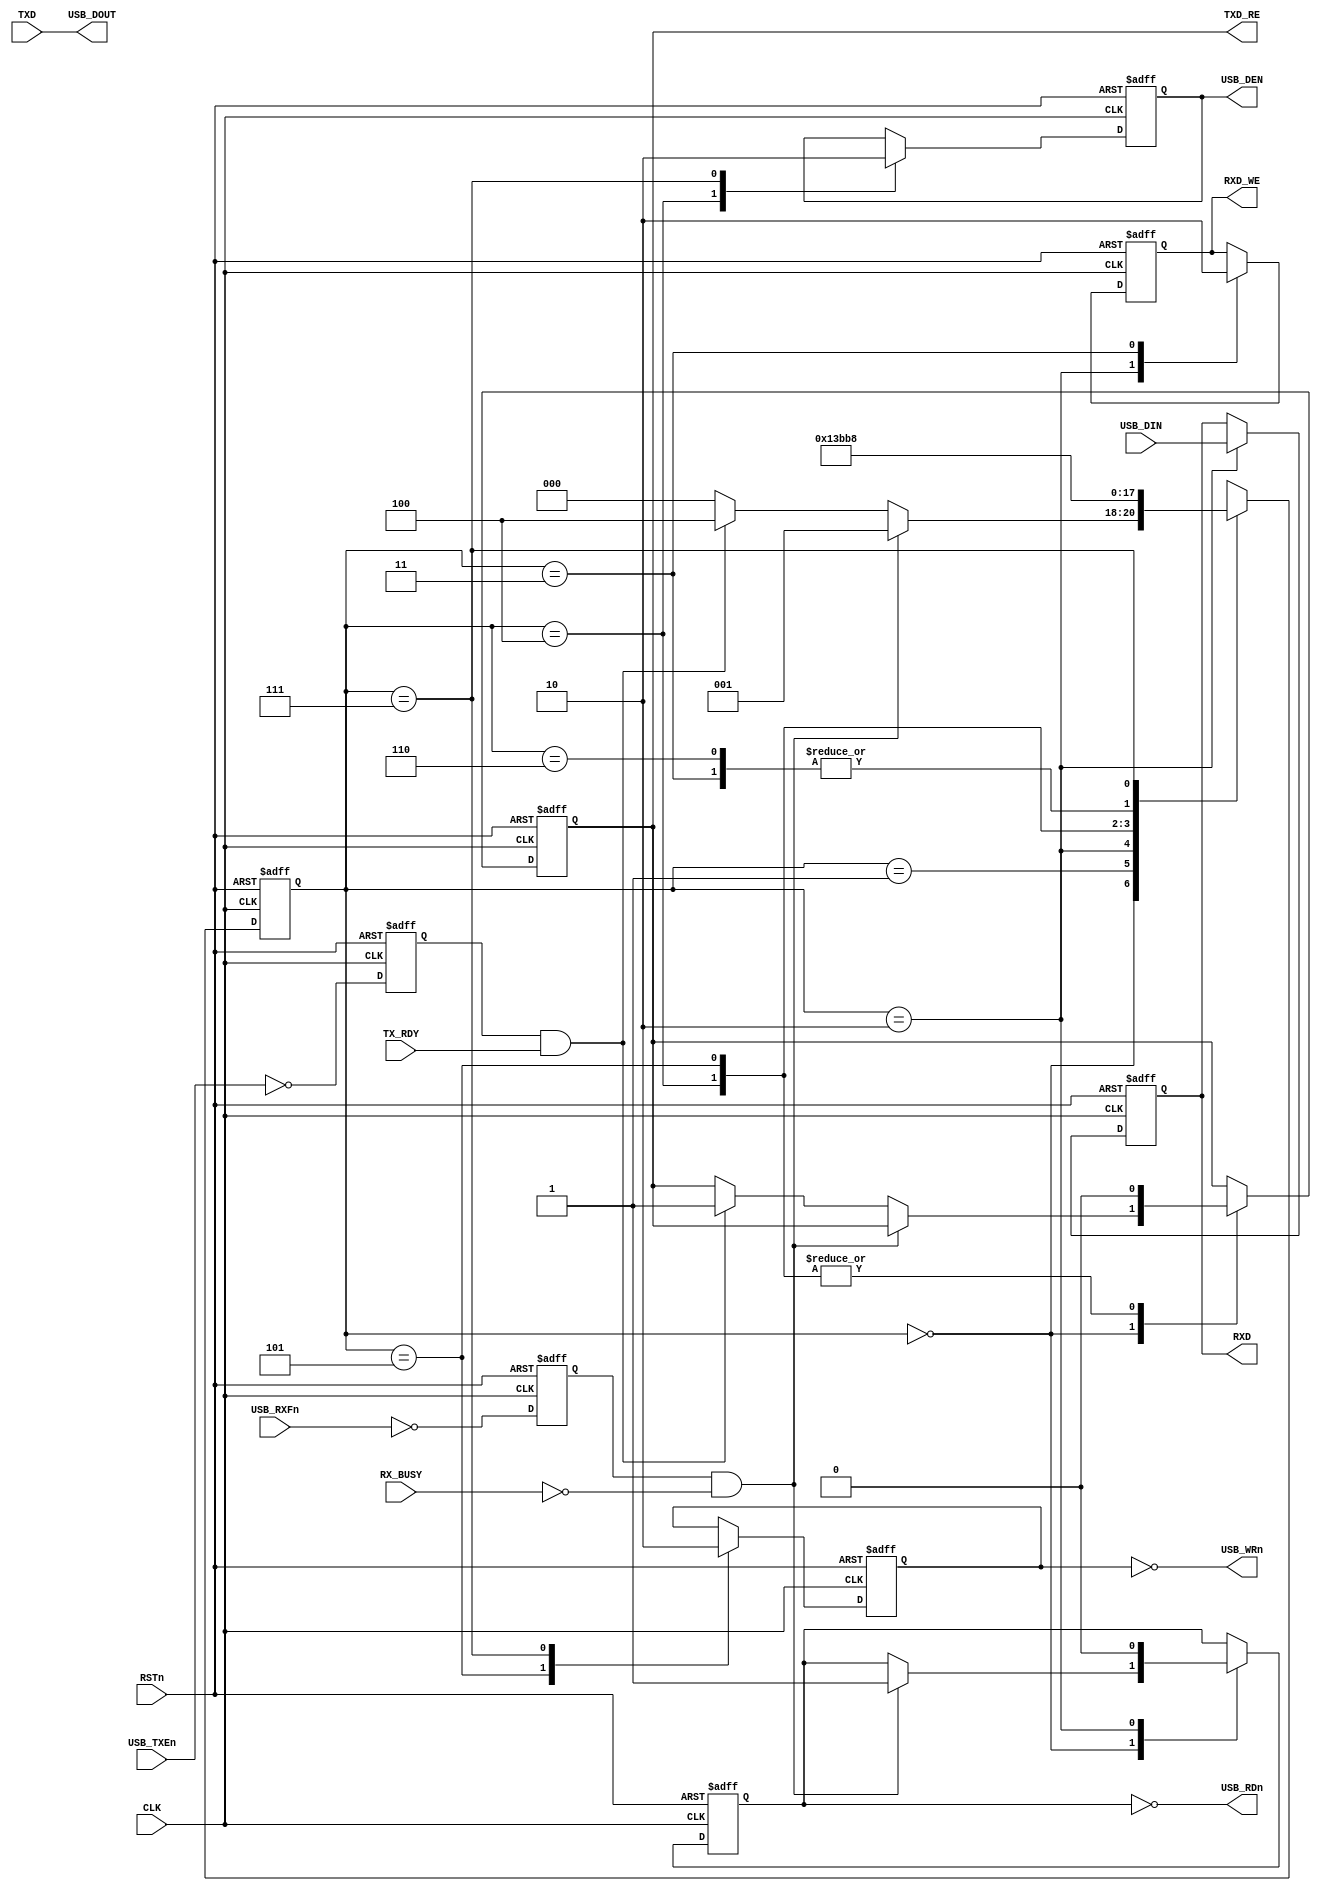
`timescale 1ns / 1ps
///////////////////////////////////////////////////////////////////////////////////////
// Design              : University of Elecro-Communications
// Engineer            : 
// 
// Design Name         : SAKURA-G controller (SASEBO-GII compatibility mode)
// Module Name         : ft2232h_usbif
// Project Name        : sakura_g_control
// Target Devices      : xc6slx9-2csg225
// Tool versions       : 13.4
// Description         : 
//
// Dependencies        : 
//
// Version             : 1.0
// Additional Comments : 
///////////////////////////////////////////////////////////////////////////////////////
// Copyright (c) Satoh LaboratoryCUEC

module ft2232h_usbif( 
  input        RSTn,             // Power on reset
  input        CLK,              // USB interface clock

  // USB controller(FT2232H) Interface
  input  [7:0] USB_DIN,          // USB data input bus
  output [7:0] USB_DOUT,         // USB data output  bus
  output       USB_RDn,          // USB read enable. Active low
  output       USB_WRn,          // USB write enable. Active low
  input        USB_RXFn,         // USB rx flag. High: Not ready  Low: ready
  input        USB_TXEn,         // USB tx enable. High: TX disable  Low: TX enable
  output       USB_DEN,          // USB tx data enable

  // Transmitt/Receive port
  input  [7:0] TXD,              // Transmit data input
  output [7:0] RXD,              // Receive data output
  output       TXD_RE,           // Read enable
  output       RXD_WE,           // Write enable
  input        TX_RDY,           // Transmit data ready
  input        RX_BUSY           // Receive data busy
);

  parameter USB_Idle = 3'h0,   USB_Read1 = 3'b1,  USB_Read2 = 3'h2,  USB_Read3 = 3'h3;
  parameter USB_Write1 = 3'h4, USB_Write2 = 3'h5, USB_Write3 = 3'h6, USB_Back_off = 3'h7;


// ===============================================================================
// Internal Signals
// ===============================================================================
  reg    [2:0] usb_state;        // USB Interface State Machine
  reg          usb_rxf_reg;      // #RXF input register
  reg          usb_txe_reg;      // #TXE input register

  reg          usb_rxd_read;     // #USB_RDn output register
  reg    [7:0] usb_rxdata;       // #USB_D input register
  reg          usb_txd_write;    // #USB_WRn output register
  wire   [7:0] usb_txdata;       // #USB_D output register
  reg          usb_dbus_oe;      // #USB_D output enable register

  reg          rxfifo_write;     //
  reg          txfifo_read;      //
  wire         rxfifo_full;      //
  wire         rxfifo_emp;       //
  wire         txfifo_full;      //
  wire         txfifo_emp;       //

// ===============================================================================
// Equetions
// ===============================================================================
  // USB( FT2232H ) interface
  // Signal input registers
  always @( posedge CLK or negedge RSTn ) begin
    if ( RSTn == 1'b0 ) begin
      usb_rxf_reg <= 1'b0;               // USB #RXF input register clear
      usb_txe_reg <= 1'b0;               // USB #TXE input register clear
    end
    else begin
      usb_rxf_reg <= ~USB_RXFn;          // USB #RXF input
      usb_txe_reg <= ~USB_TXEn;          // USB #TXE input
    end
  end


  // USB( FT2232H ) read/write state machine
  always@( posedge CLK or negedge RSTn ) begin
    if ( RSTn == 1'b0 ) begin
      usb_rxd_read <= 1'b0;
      usb_rxdata <= 8'h00;
      usb_txd_write <= 1'b0;
      rxfifo_write <= 1'b0;
      txfifo_read <= 1'b0;
      usb_dbus_oe <= 1'b0;
      usb_state <= USB_Idle;
    end
    else begin
      case ( usb_state )
        USB_Idle     : if (( usb_rxf_reg == 1'b1 ) && ( RX_BUSY == 1'b0 )) begin      // USB receive data valid
                         usb_rxd_read <= 1'b1;                                        // USB RD# Active
                         usb_state <= USB_Read1;
                       end
                       else if (( usb_txe_reg == 1'b1 ) && ( TX_RDY == 1'b1 )) begin  // USB transmit
                         txfifo_read <= 1'b1;
                         usb_state <= USB_Write1;
                       end
                       else usb_state <= USB_Idle;
        USB_Read1    : usb_state <= USB_Read2;
        USB_Read2    : begin
                         usb_rxdata <= USB_DIN;
                         usb_rxd_read <= 1'b0;                                        // USB RD# Disable
                         rxfifo_write <= 1'b1;                                        // RX FIFO write enable active
                         usb_state <= USB_Read3;
                       end
        USB_Read3    : begin
                         rxfifo_write <= 1'b0;
                         usb_state <= USB_Back_off;
                       end
        USB_Write1   : begin
                         txfifo_read <= 1'b0;
                         usb_dbus_oe <= 1'b1;                                         // USB_D output enable active
                         usb_state <= USB_Write2;
                       end
        USB_Write2   : begin
                         txfifo_read <= 1'b0;                                         // TX FIFO read enable
                         usb_txd_write <= 1'b1;                                       // USB data write
                         usb_state <= USB_Write3;
                       end
        USB_Write3   : begin
                         usb_state <= USB_Back_off;
                       end
        USB_Back_off : begin                                                          // USB bus Recovery cycle
                         usb_txd_write <= 1'b0;
                         usb_dbus_oe <= 1'b0;
                         usb_state <= USB_Idle;
                       end
             default : usb_state <= USB_Idle;
      endcase
    end
  end


  // USB Signals
  assign USB_RDn = ~usb_rxd_read;
  assign USB_WRn = ~usb_txd_write;
  assign USB_DOUT = TXD;
  assign USB_DEN = usb_dbus_oe;

  assign RXD = usb_rxdata;
  assign RXD_WE = rxfifo_write;

  assign TXD_RE = txfifo_read;

endmodule